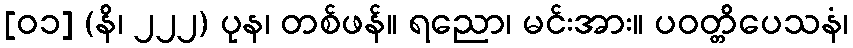
[၀၁] (နိ၊ ၂၂၂) ပုန၊ တစ်ဖန်။ ရညော၊ မင်းအား။ ပဝတ္တိပေသနံ၊